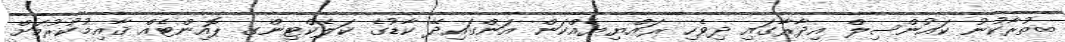
ތުރާކުނު ކައުންސިލް އިދާރާގައި ދިވެހި ރައްޔިޔެއްކަން އަންގައިދޭ ކާޑުގެ ކަލެކްޓިންގ ޕޮއިންޓެއް ޤާއިމުކުރުމަށް